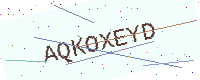
Text: AQKOXEYD